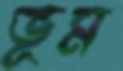
ভূম